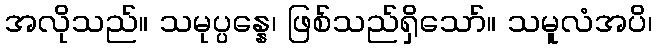
အလိုသည်။ သမုပ္ပန္နေ၊ ဖြစ်သည်ရှိသော်။ သမူလံအပိ၊